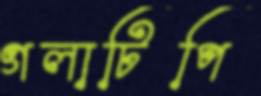
গলাটিপি